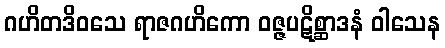
ဂဟိတဒိဝသေ ရာဇဂဟိကော ဝဇ္ဇပဋိစ္ဆာဒနံ ဝါသေန